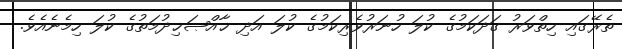
ތެރޭގައި ހިތްވަރު ގަދަކަމުގެ ކުލަ ހުނަރުވެރިކަމުގެ ކުލަ އަދި ޚާއްޞަޚިދުމަތުގެ ކުލަ ހިމެނެއެވެ.